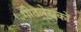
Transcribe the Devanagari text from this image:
गीतलेखकों